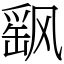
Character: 飖